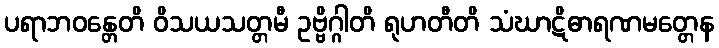
ပရာဘဝန္တေတိ ဝိသယသတ္တမီ ဥဗ္ဗိဂ္ဂါတိ ရုဟတီတိ သံဃာဋိဓာရဏမတ္တေန